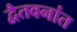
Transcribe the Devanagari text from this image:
द्वैतवनांत